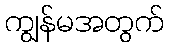
ကျွန်မအတွက်